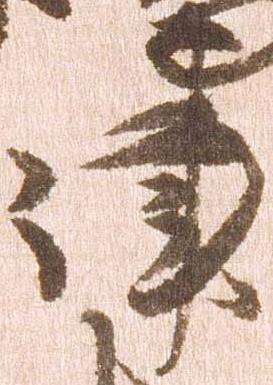
津